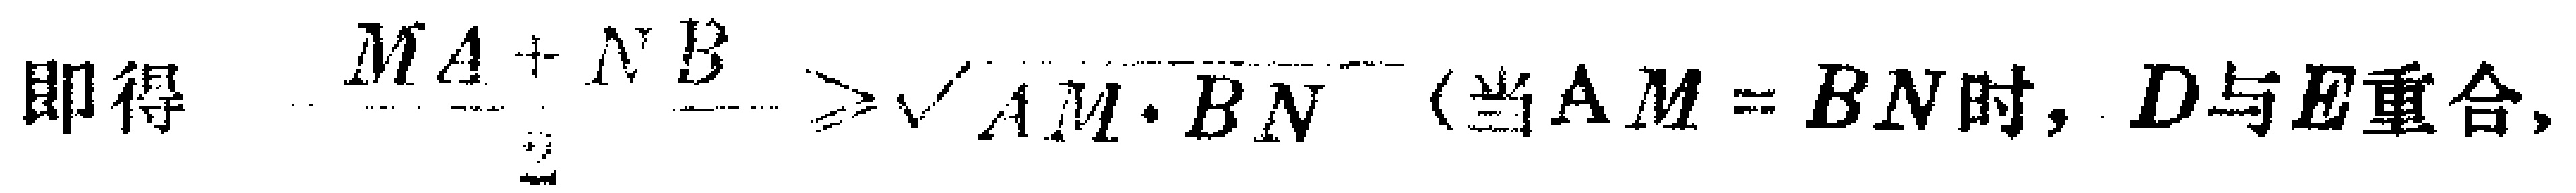
即得 $\frac{MA + NB}{2} \geq \sqrt{AM \cdot BN}$（当$AM = BN$时，$D$与$E$重合，